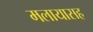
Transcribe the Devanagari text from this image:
मलायासह